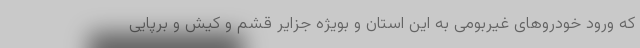
که ورود خودروهای غیربومی به این استان و بویژه جزایر قشم و کیش و برپایی